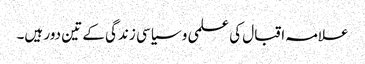
علامہ اقبال کی علمی و سیاسی زندگی کے تین دور ہیں۔